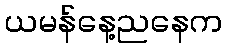
ယမန်နေ့ညနေက